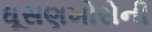
ઘૂસણખોરોની